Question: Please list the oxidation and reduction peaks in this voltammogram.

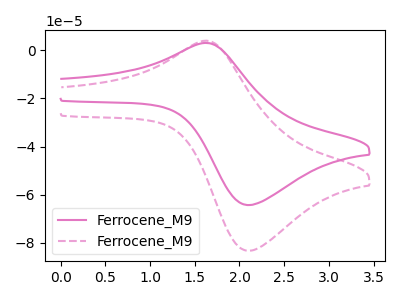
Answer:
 <answer>The pink curve "Ferrocene_M91" has an anodic peak at (1.60V, 3.05uA) and a cathodic peak at (2.10V, -64.25uA). The pink dashed curve "Ferrocene_M92" has an anodic peak at (1.60V, 3.95uA) and a cathodic peak at (2.10V, -83.25uA).</answer>
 <eval></eval>